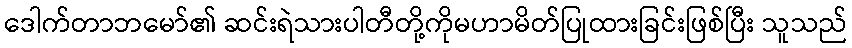
ဒေါက်တာဘမော်၏ ဆင်းရဲသားပါတီတို့ကိုမဟာမိတ်ပြုထားခြင်းဖြစ်ပြီး သူသည်